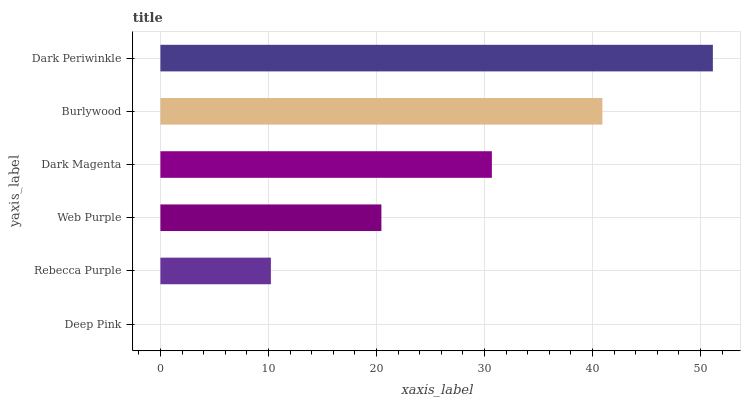
| yaxis_label | bars |
 | --- | --- |
 | Deep Pink | 0 |
 | Rebecca Purple | 10.2 |
 | Web Purple | 20.5 |
 | Dark Magenta | 30.7 |
 | Burlywood | 40.9 |
 | Dark Periwinkle | 51.1 |